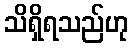
သိရှိရသည်ဟု